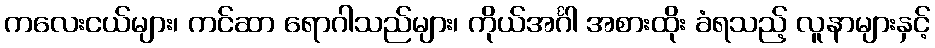
ကလေးငယ်များ၊ ကင်ဆာ ရောဂါသည်များ၊ ကိုယ်အင်္ဂါ အစားထိုး ခံရသည့် လူနာများနှင့်